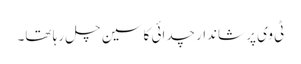
ٹی وی پر شاندار چدائی کا سین چل رہا تھا۔